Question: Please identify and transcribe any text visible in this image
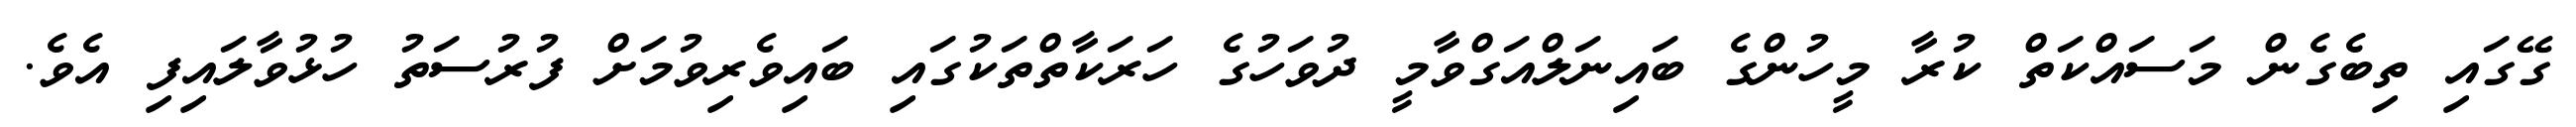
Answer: ގޭގައި ތިބެގެން މަސައްކަތް ކުރާ މީހުންގެ ބައިނަލްއަގްވާމީ ދުވަހުގެ ހަރަކާތްތަކުގައި ބައިވެރިވުމަށް ފުރުސަތު ހުޅުވާލައިފި އެވެ.